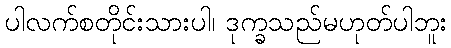
ပါလက်စတိုင်းသားပါ၊ ဒုက္ခသည်မဟုတ်ပါဘူး